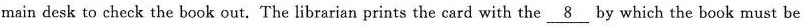
main desk to check the book out. The librarian prints the card with the\underline{8} by which the book must be